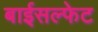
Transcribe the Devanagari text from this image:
बाईसल्फेट